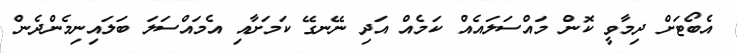
އެބޯޓަށް ދިމާވީ ކޮން މައްސަލައެއް ކަމެއް އަދި ނޭނގޭ ކަމަށާއި އެމައްސަލަ ބަލައިނިމެންދެން